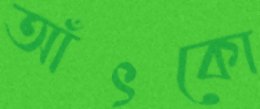
আঁৎকো